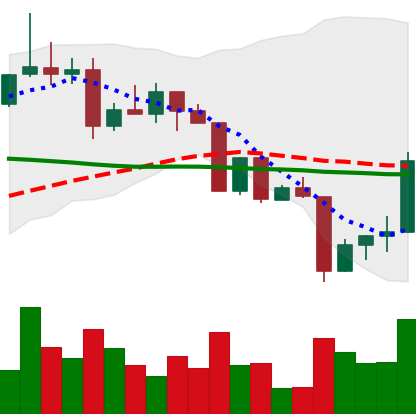
Ticker: XRP-USD
Chart end date: 2022-04-15
Forward return: -4.264%
Label: down_3_5